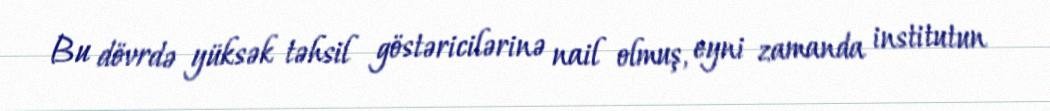
Bu dövrdə yüksək təhsil göstəricilərinə nail olmuş, eyni zamanda institutun